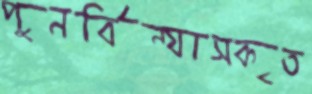
পুনর্বিন্যাসকৃত